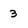
Character: 3